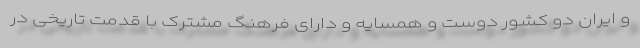
و ایران دو کشور دوست و همسایه و دارای فرهنگ مشترک با قدمت تاریخی در